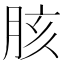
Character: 胲